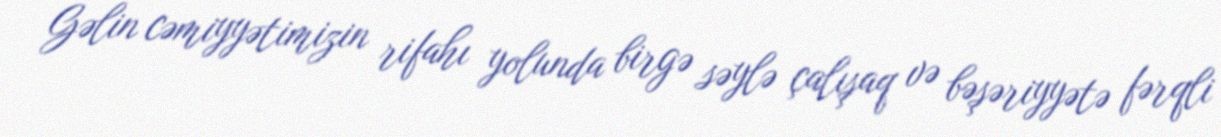
Gəlin cəmiyyətimizin rifahı yolunda birgə səylə çalışaq və bəşəriyyətə fərqli